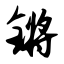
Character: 锵